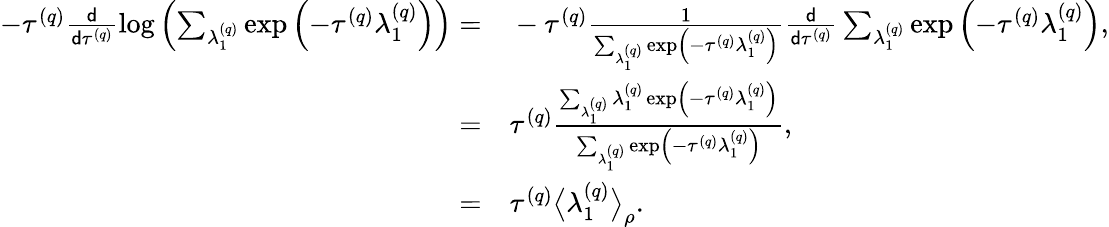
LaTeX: \begin{array}{rl}{-\tau^{\left(q\right)}\frac{\mathsf{d}}{\mathsf{d}\tau^{\left(q\right)}}\log\left(\sum_{\lambda_{1}^{\left(q\right)}}\exp\left(-\tau^{\left(q\right)}\lambda_{1}^{\left(q\right)}\right)\right)=}&{{}-\tau^{\left(q\right)}\frac{1}{\sum_{\lambda_{1}^{\left(q\right)}}\exp\left(-\tau^{\left(q\right)}\lambda_{1}^{\left(q\right)}\right)}\frac{\mathsf{d}}{\mathsf{d}\tau^{\left(q\right)}}\sum_{\lambda_{1}^{\left(q\right)}}\exp\left(-\tau^{\left(q\right)}\lambda_{1}^{\left(q\right)}\right),}\\ {=}&{{}\tau^{\left(q\right)}\frac{\sum_{\lambda_{1}^{\left(q\right)}}\lambda_{1}^{\left(q\right)}\exp\left(-\tau^{\left(q\right)}\lambda_{1}^{\left(q\right)}\right)}{\sum_{\lambda_{1}^{\left(q\right)}}\exp\left(-\tau^{\left(q\right)}\lambda_{1}^{\left(q\right)}\right)},}\\ {=}&{{}\tau^{\left(q\right)}\big\langle\lambda_{1}^{\left(q\right)}\big\rangle_{\rho}.}\end{array}